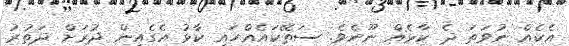
އެކެއް ނުވަތަ ދެ ކާޅެއް ނޫނެވެ. ސަތޭކައެއްހައި ކާޅު އެގެއިން ދުރަށް ދަތުރު